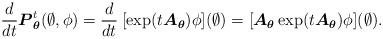
LaTeX: \begin{align*}\frac{d}{dt}\boldsymbol{P}_{\boldsymbol{\theta}}^t(\emptyset,\phi)=\frac{d}{dt}\:[\exp(t\boldsymbol{A}_{\boldsymbol{\theta}})\phi](\emptyset)=[\boldsymbol{A}_{\boldsymbol{\theta}}\exp(t\boldsymbol{A}_{\boldsymbol{\theta}})\phi](\emptyset).\end{align*}